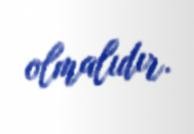
olmalıdır.